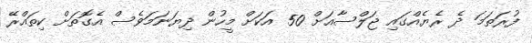
ފުރަތަމަ ދެ ރެޔެއްގައި ޖަލްސާއަށް 50 އަކަށް މީހުން ދިޔަނަމަވެސް އެގޮތަށް ކިތައްރޭ